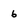
Character: 6